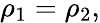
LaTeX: \rho_{1}=\rho_{2},